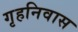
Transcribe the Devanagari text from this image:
गृहनिवास